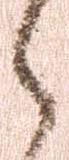
之